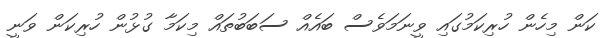
ކަން މިހެން ހުރިކަމުގައި ވީނަމަވެސް ބައެއް ސަބަބުތައް މިކަމާ ގުޅުން ހުރިކަން ވަނީ